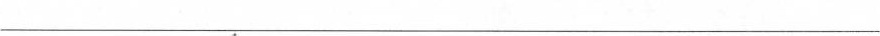
___